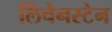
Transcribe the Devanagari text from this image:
लिंचेनस्टेन